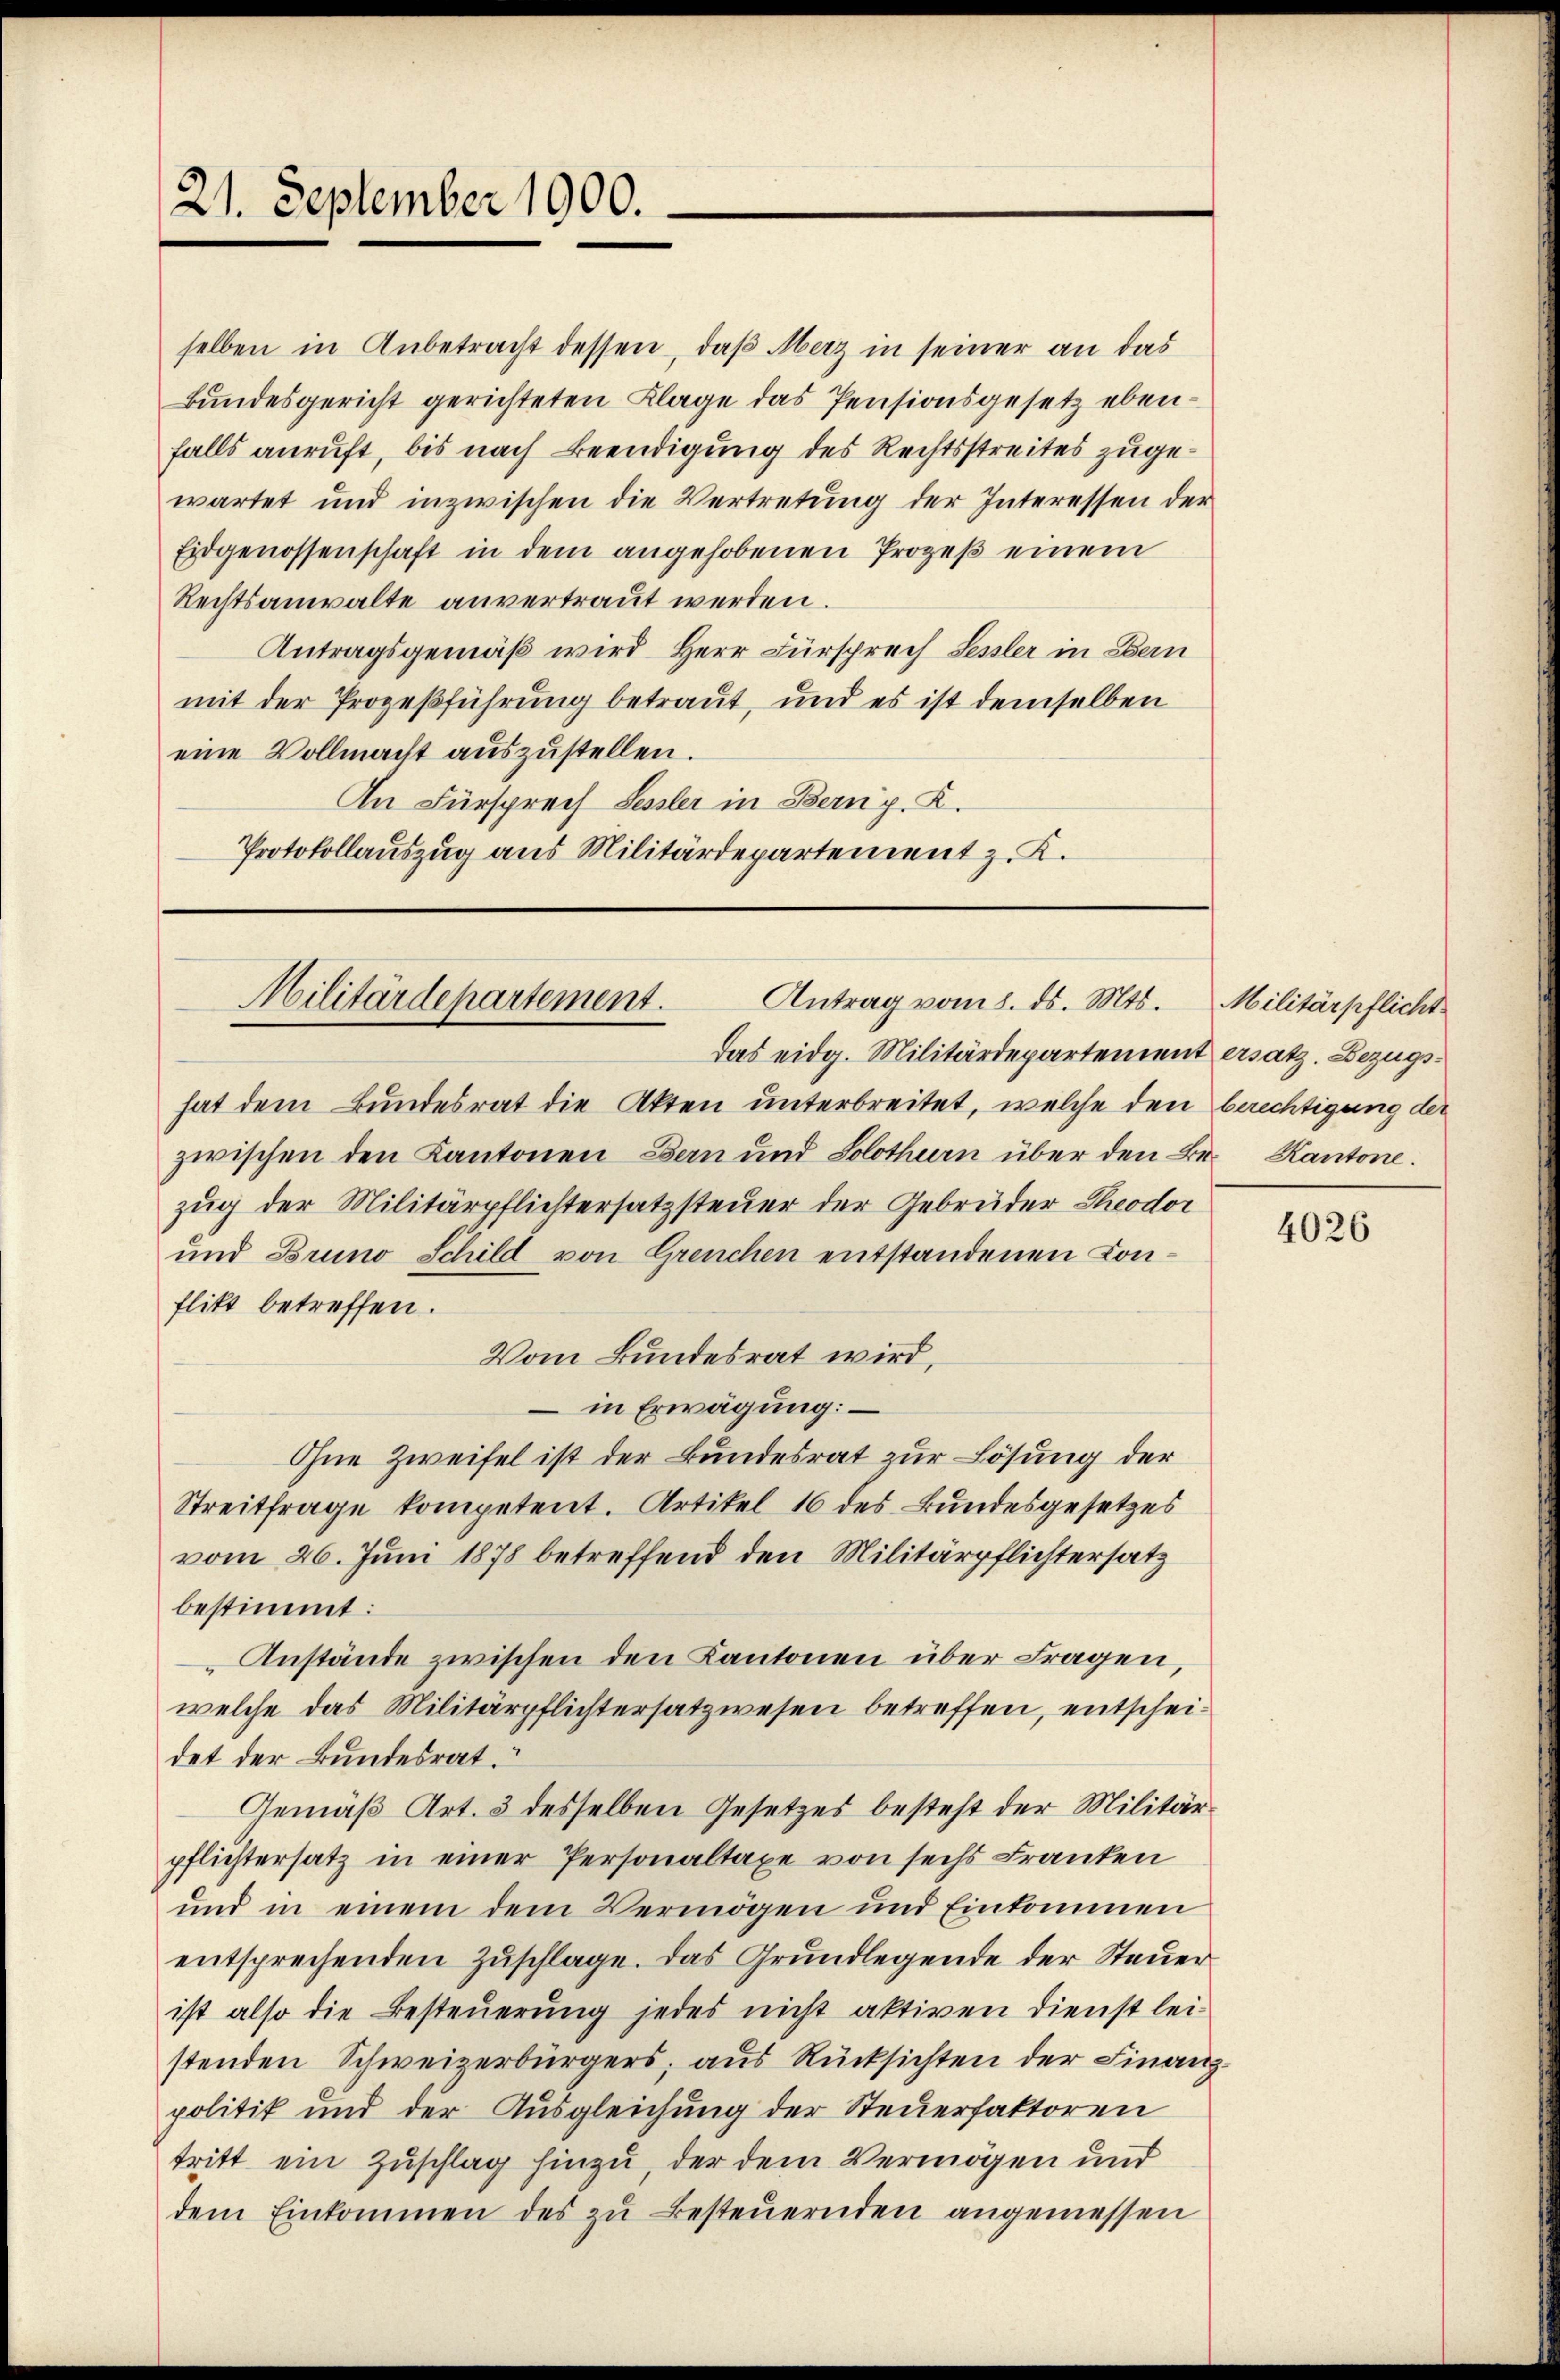
21. September 1900.

selben in Anbetracht dessen, daß Merz in seiner an das
Bundesgericht gerichteten Klage das Pensionsgesetz ebenfalls anruft, bis nach Beendigung des Rechtsstreites zugewartet und inzwischen die Vertretung der Interessen der
Eidgenossenschaft in dem angehobenen Prozeß einem
Rechtsanwalte anvertraut werden.
Antragsgemäß wird Herr Fürsprech Sessler in Bern
mit der Prozeßführung betraut, und es ist demselben
eine Vollmacht aŭszŭstellen.
An Fürsprech Sessler in Bern z. K.
Protokollauszug aus Militärdepartement z. K.

Militärdepartement.
Antrag vom 8. ds. Mts. Militärpflicht

das eidg. Militärdepartement ersatz. Bezugshat dem Bundesrat die Akten unterbreitet, welche den berechtigung der
zwischen den Kantonen Bern und Solothurn über den Be- Kantone.
zug der Militärpflichtersatzsteuer der Gebrüder Theodor
und Bruno Schild von Greuchen entstandenen Conflikt betreffen.
Vom Bundesrat wird,
in Erwägung:
Ohne Zweifel ist der Bundesrat zur Lösung der
Streitfrage kompetent. Artikel 16 des Bundesgesetzes
vom 26. Juni 1878 betreffend den Militärpflichtersatz
bestimmt:
 Anstände zwischen den Kantonen über Fragen,
welche das Militärpflichtersatzwesen betreffen, entscheidet der Bundesrat.
Gemäß Art. 3 desselben Gesetzes besteht der Militärpflichtersatz in einer Personaltaxe von sechs Franken
und in einem dem Vermögen und Einkommen
entsprechenden Zuschlage. Das Grundlegende der Steuer
ist also die Besteuerung jedes nicht aktiven Dienst leistenden Schweizerbürgers, aus Rücksichten der Finanzpolitik und der Ausgleichung der Steuerfaktoren
tritt ein Zuschlag hinzu, der dem Vermögen und
dem Einkommen des zŭ besteuernden angemessen

4026